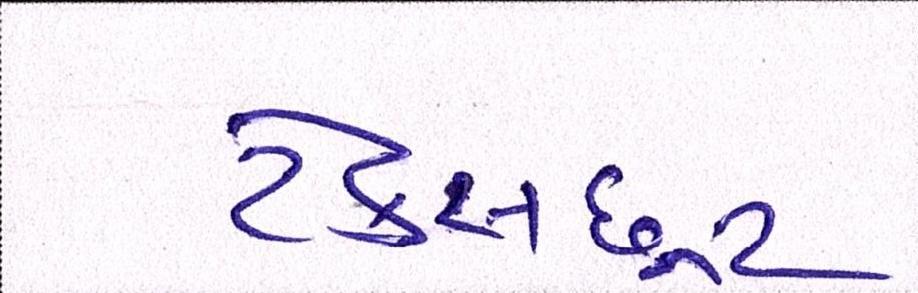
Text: ટેક્સછૂટ